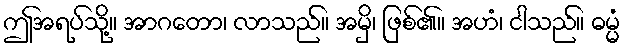
ဤအရပ်သို့။ အာဂတော၊ လာသည်။ အမှိ၊ ဖြစ်၏။ အဟံ၊ ငါသည်။ ဓမ္မံ